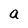
Character: a